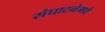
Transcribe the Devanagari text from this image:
संघाटनेमधे